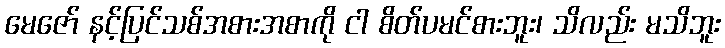
မေဇော် နင့်ပြင်သစ်အစားအစာကို ငါ စိတ်ပမင်စားဘူး၊ သိလည်း မသိဘူး